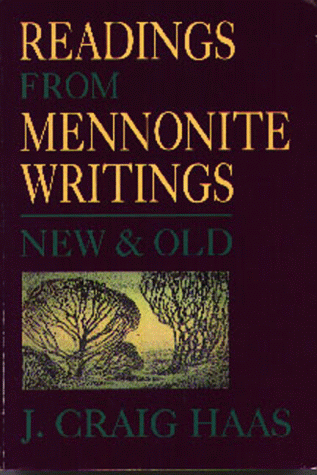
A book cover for Readings from Mennonite Writings: New and Old; J. Craig Haas; Christian Books & Bibles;